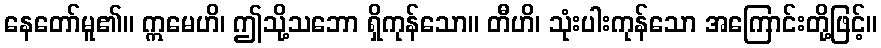
နေတော်မူ၏။ ဣမေဟိ၊ ဤသို့သဘော ရှိကုန်သော။ တီဟိ၊ သုံးပါးကုန်သော အကြောင်းတို့ဖြင့်။